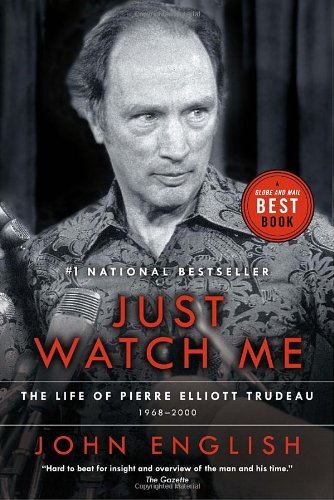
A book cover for Just Watch Me: The Life of Pierre Elliott Trudeau, Volume Two: 1968-2000; John English; Biographies & Memoirs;